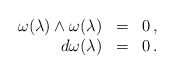
\begin{align*}\begin{array}{rcl}\omega(\lambda)\wedge\omega(\lambda) & = & 0 \,, \\d \omega(\lambda) & = & 0 \,.\end{array}\end{align*}